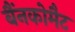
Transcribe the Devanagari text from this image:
बैंनकोमैट